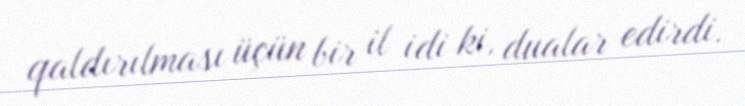
qaldırılması üçün bir il idi ki, dualar edirdi.